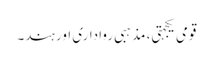
قومی یکجہتی، مذہبی رواداری اور ہند۔